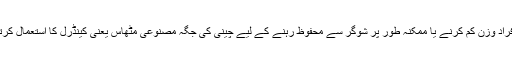
بعض افراد وزن کم کرنے یا ممکنہ طور پر شوگر سے محفوظ رہنے کے لیے چینی کی جگہ مصنوعی مٹھاس یعنی کینڈرل کا استعمال کرتے ہیں۔